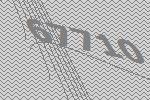
67710